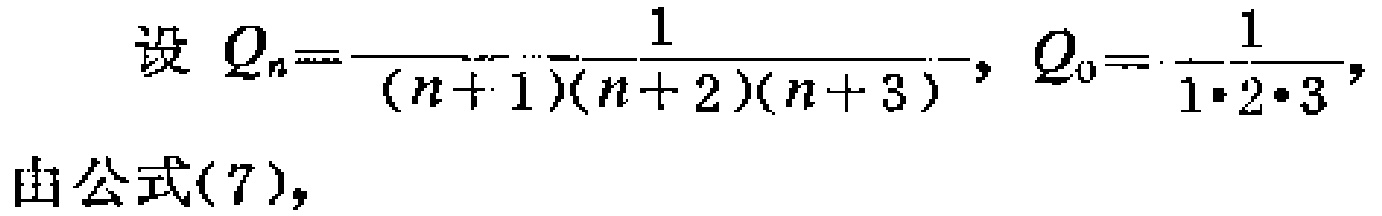
设 \(Q_{n}=\frac{1}{(n + 1)(n + 2)(n + 3)}\)，\(Q_{0}=\frac{1}{1\cdot2\cdot3}\)，
由公式(7)，